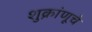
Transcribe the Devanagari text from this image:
शुक्रांणूचे